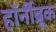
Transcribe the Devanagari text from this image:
हॉर्नीब्रूक